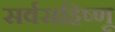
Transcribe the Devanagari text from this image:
सर्वसहिष्णू